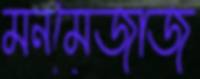
মনমেজাজ